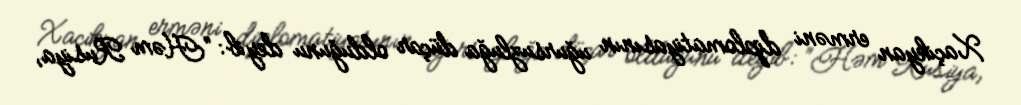
Xaçikyan erməni diplomatiyasının uğursuzluğa düçar olduğunu deyib: “Həm Rusiya,